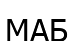
МАБ